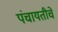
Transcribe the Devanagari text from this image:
पंचायतीचें